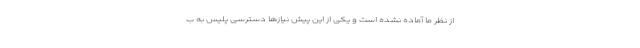
از نظر ما آماده نشده است و یکی از این پیش نیازها دسترسی پلیس به ب